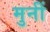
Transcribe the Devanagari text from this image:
मुनीं